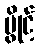
ပွိုင့်